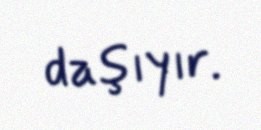
daşıyır.